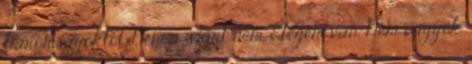
baromságoktól. Nem a szart nem. Elegem van. Nem vagyok